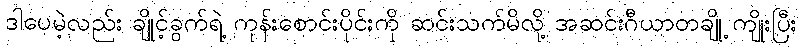
ဒါပေမဲ့လည်း ချိုင့်ခွက်ရဲ့ ကုန်းစောင်းပိုင်းကို ဆင်းသက်မိလို့ အဆင်းဂီယာတချို့ ကျိုးပြီး